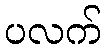
ပလက်